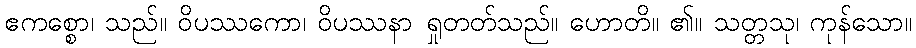
ဧကစ္စော၊ သည်။ ဝိပဿကော၊ ဝိပဿနာ ရှုတတ်သည်။ ဟောတိ။ ၏။ သတ္တသု၊ ကုန်သော။